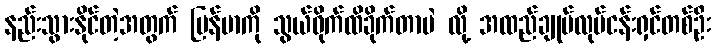
နည်းသွားနိုင်တဲ့အတွက် မြန်မာကို သွယ်ဝိုက်ထိခိုက်တာပဲ လို့ အထည်ချုပ်လုပ်ငန်းရှင်တစ်ဦး